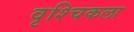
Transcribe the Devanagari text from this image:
वृश्‍चिकला